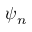
\psi _ { n }